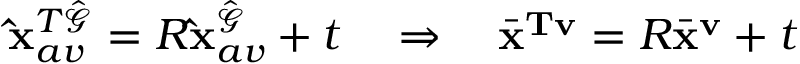
\mathbf { \hat { x } } _ { a v } ^ { T \hat { \mathcal { G } } } = R \mathbf { \hat { x } } _ { a v } ^ { \hat { \mathcal { G } } } + t \quad \Rightarrow \quad \bar { \mathbf { x } } ^ { \mathbf { T v } } = R \bar { \mathbf { x } } ^ { \mathbf { v } } + t